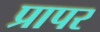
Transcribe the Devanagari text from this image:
प्रापर